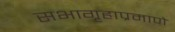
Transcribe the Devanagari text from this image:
सभागृहाप्रमाणे